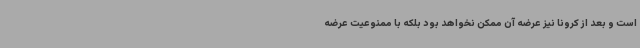
است و بعد از کرونا نیز عرضه آن ممکن نخواهد بود بلکه با ممنوعیت عرضه